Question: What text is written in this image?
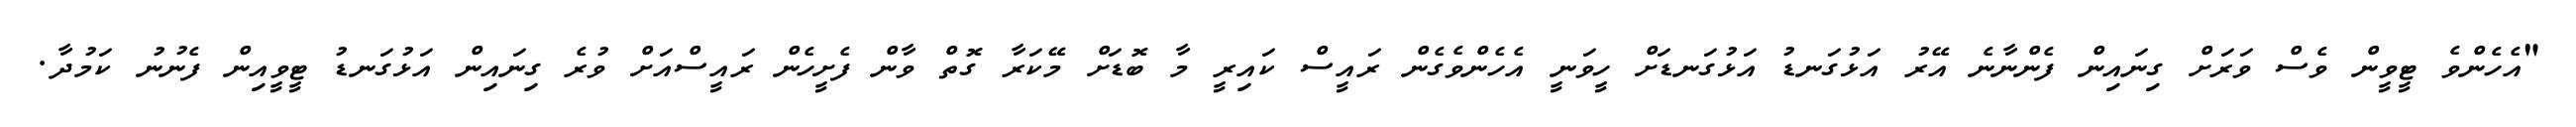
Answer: "އެހެންވެ ޓީވީން ވެސް ވަރަށް ގިނައިން ފެންނާނެ އޭރު އަޅުގަނޑު އަޅުގަނޑަށް ހީވަނީ އެހެންވެގެން ރައީސް ކައިރީ މާ ބޮޑަށް މޭކަރާ ގޮތް ވާން ފެށީހެން ރައީސްއަށް ވުރެ ގިނައިން އަޅުގަނޑު ޓީވީއިން ފެނުނު ކަމުދާ.